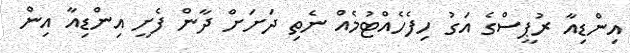
އިންޑިއާ ރުޕީސްގެ އަގު ހިފެހެއްޓުމެއް ނެތި ދަށަށް ދާން ފެށީ އިންޑިއާ އިން